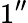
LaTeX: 1^{"}